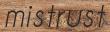
mistrust